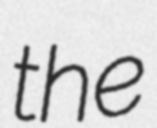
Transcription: the